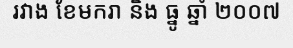
រវាង ខែមករា និង ធ្នូ ឆ្នាំ ២០០៧